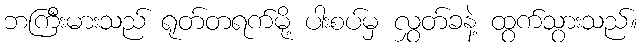
ဘကြီးမားသည် ရုတ်တရက်မို့ ပါးစပ်မှ လွှတ်ခနဲ့ ထွက်သွားသည်။